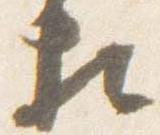
相